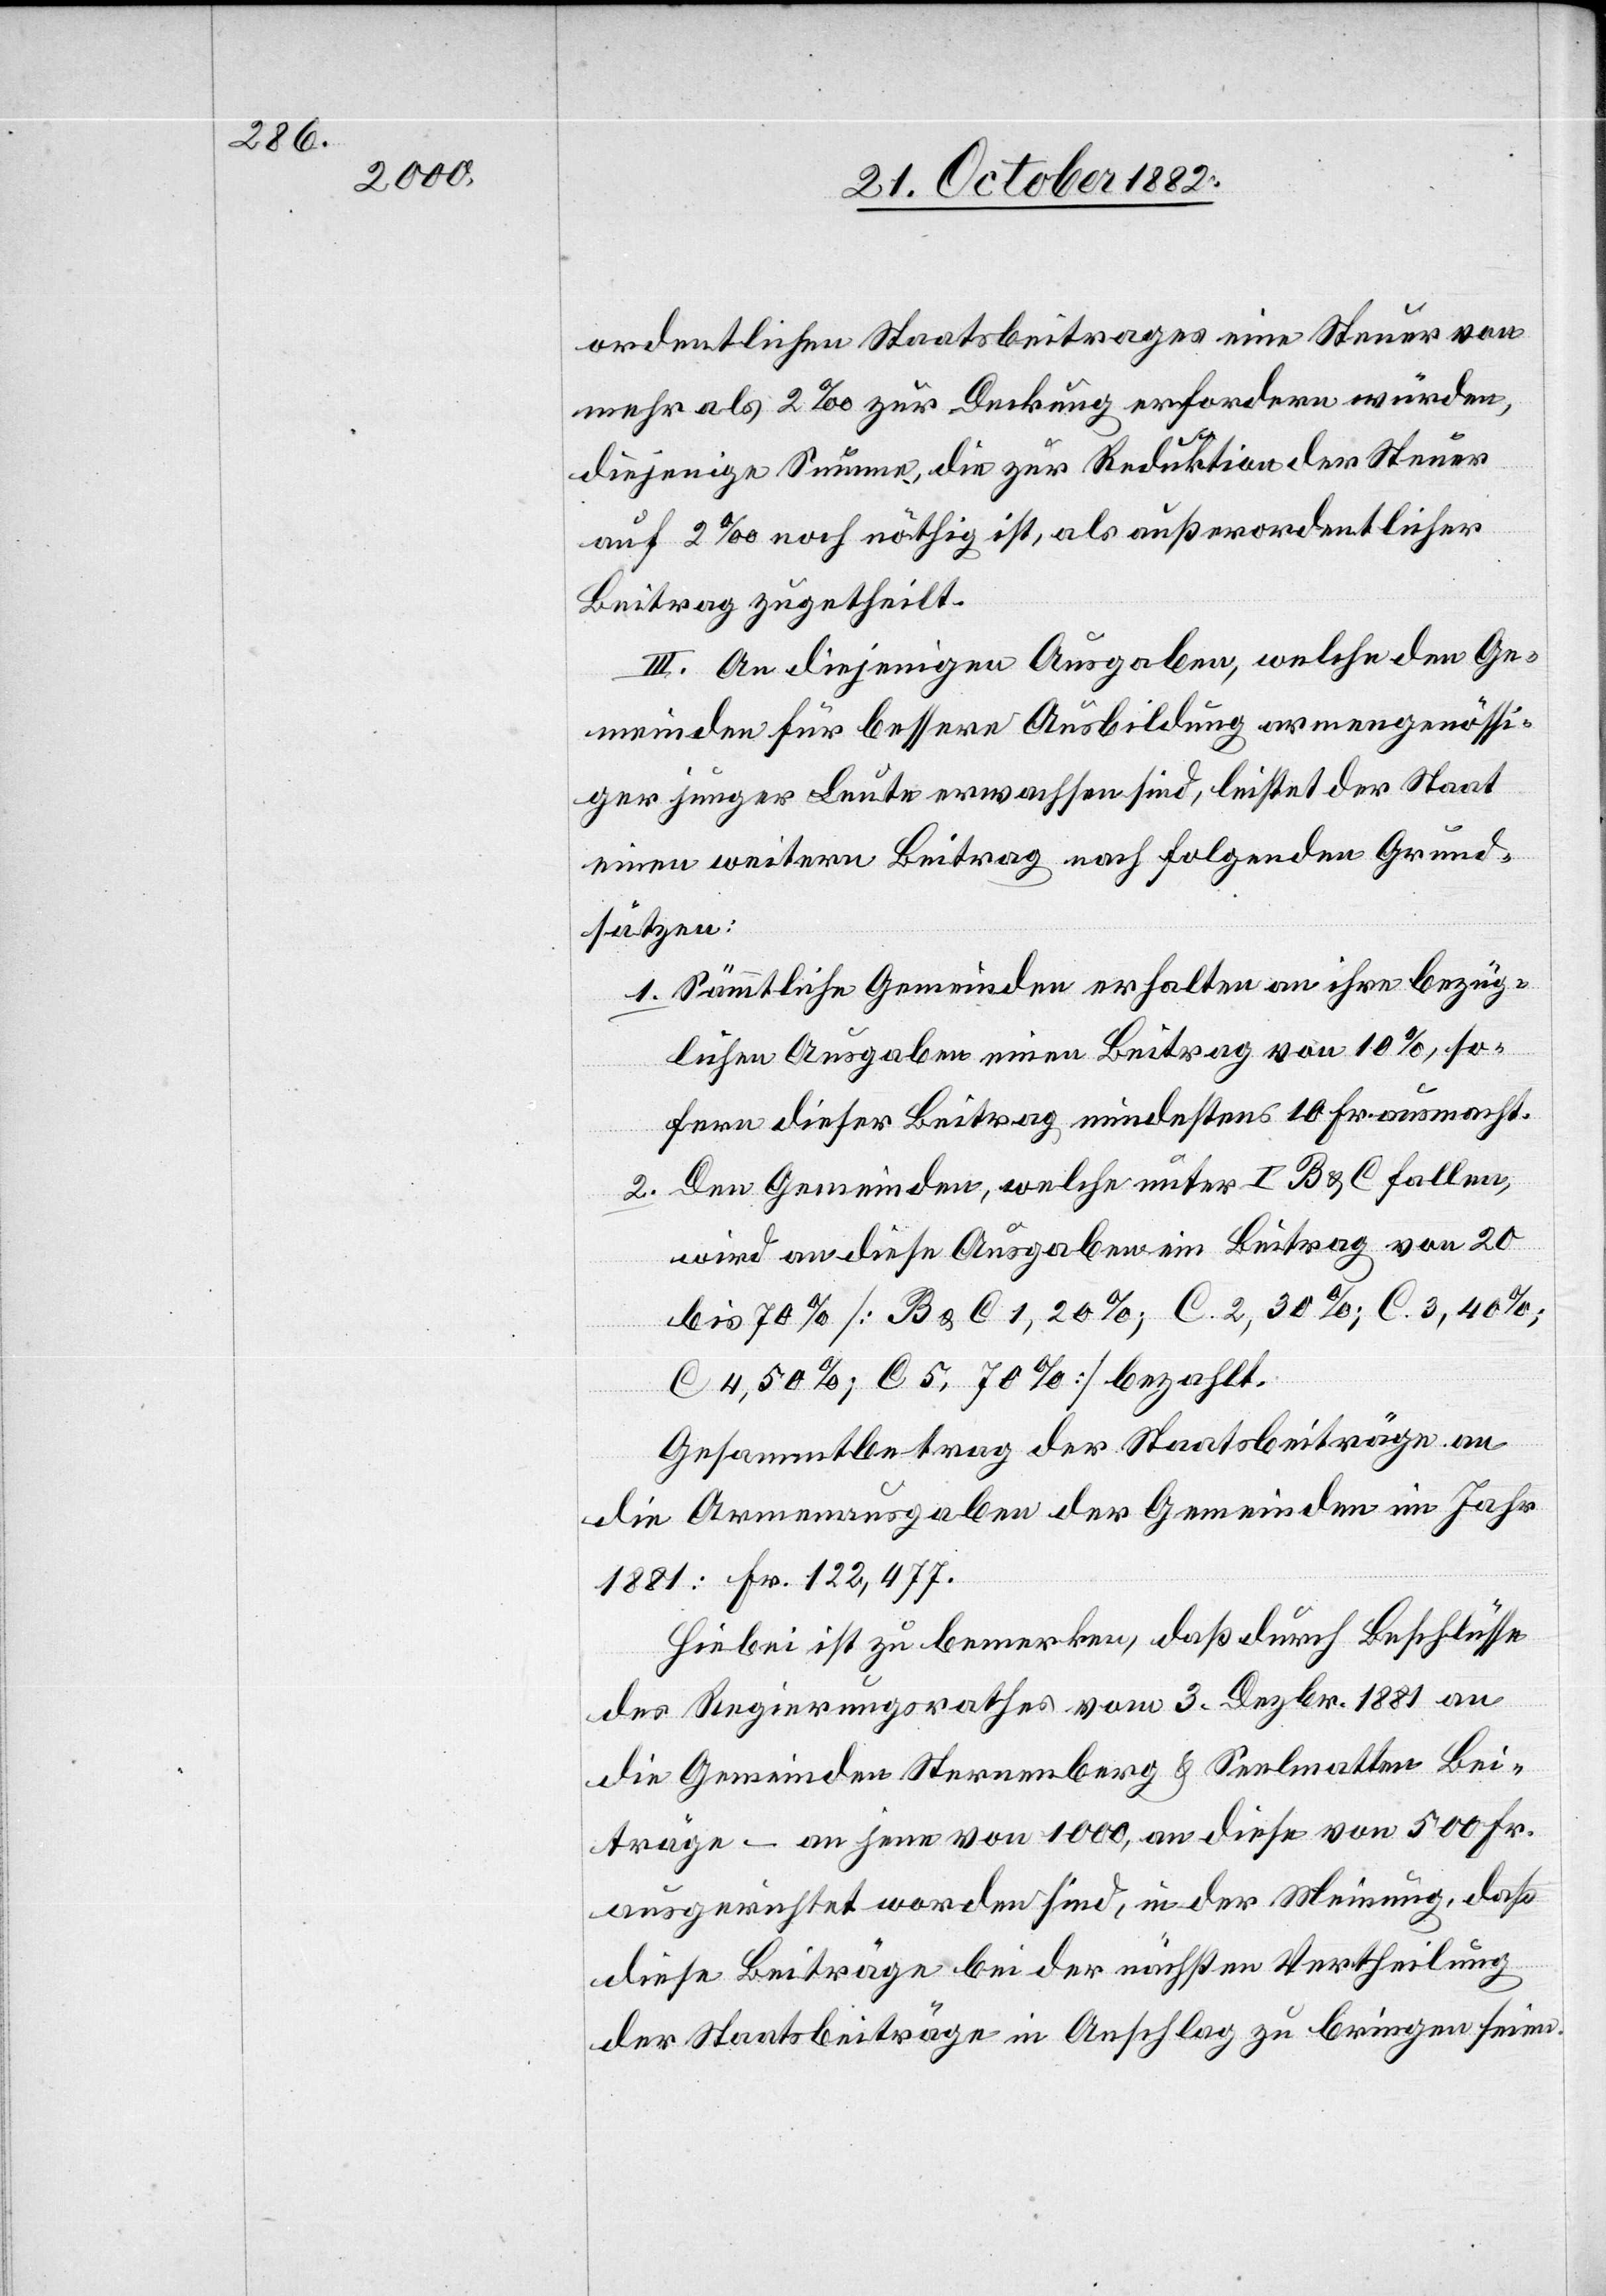
ordentlichen Staatsbeitrages eine Steuer von
mehr als 2‰ zur Deckung erfordern würden,
diejenige Summe, die zur Reduktion der Steuer
auf 2‰ noch nöthig ist, als außerordentlicher
Beitrag zugetheilt.
III. An diejenigen Ausgaben, welche den Ge¬
meinden für bessere Ausbildung armengenössi¬
ger junger Leute erwachsen sind, leistet der Staat
einen weitern Beitrag nach folgenden Grund¬
sätzen:
1. Sämmtliche Gemeinden erhalten an ihre bezüg¬
lichen Ausgaben einen Beitrag von 10%, so¬
fern dieser Beitrag mindestens 10 Fr. ausmacht.
2. Den Gemeinden, welche unter I B & C fallen,
wird an diese Ausgaben ein Beitrag von 20
bis 70% [B & C 1, 20%; C 2, 30%, C 3, 40%;
C 4, 50%; C 5, 70%] bezahlt.
Gesammtbetrag der Staatsbeiträge an
die Armenausgaben der Gemeinden im Jahr
1881: Fr. 122,477.
Hiebei ist zu bemerken, daß durch Beschlüsse
des Regierungsrathes vom 3. Dezbr. 1881 an
die Gemeinden Sternenberg & Seelmatten Bei¬
träge – an jene von 1000, an diese von 500 Fr.
ausgerichtet worden sind, in der Meinung, daß
diese Beiträge bei der nächsten Vertheilung
der Staatsbeiträge in Anschlag zu bringen seien.